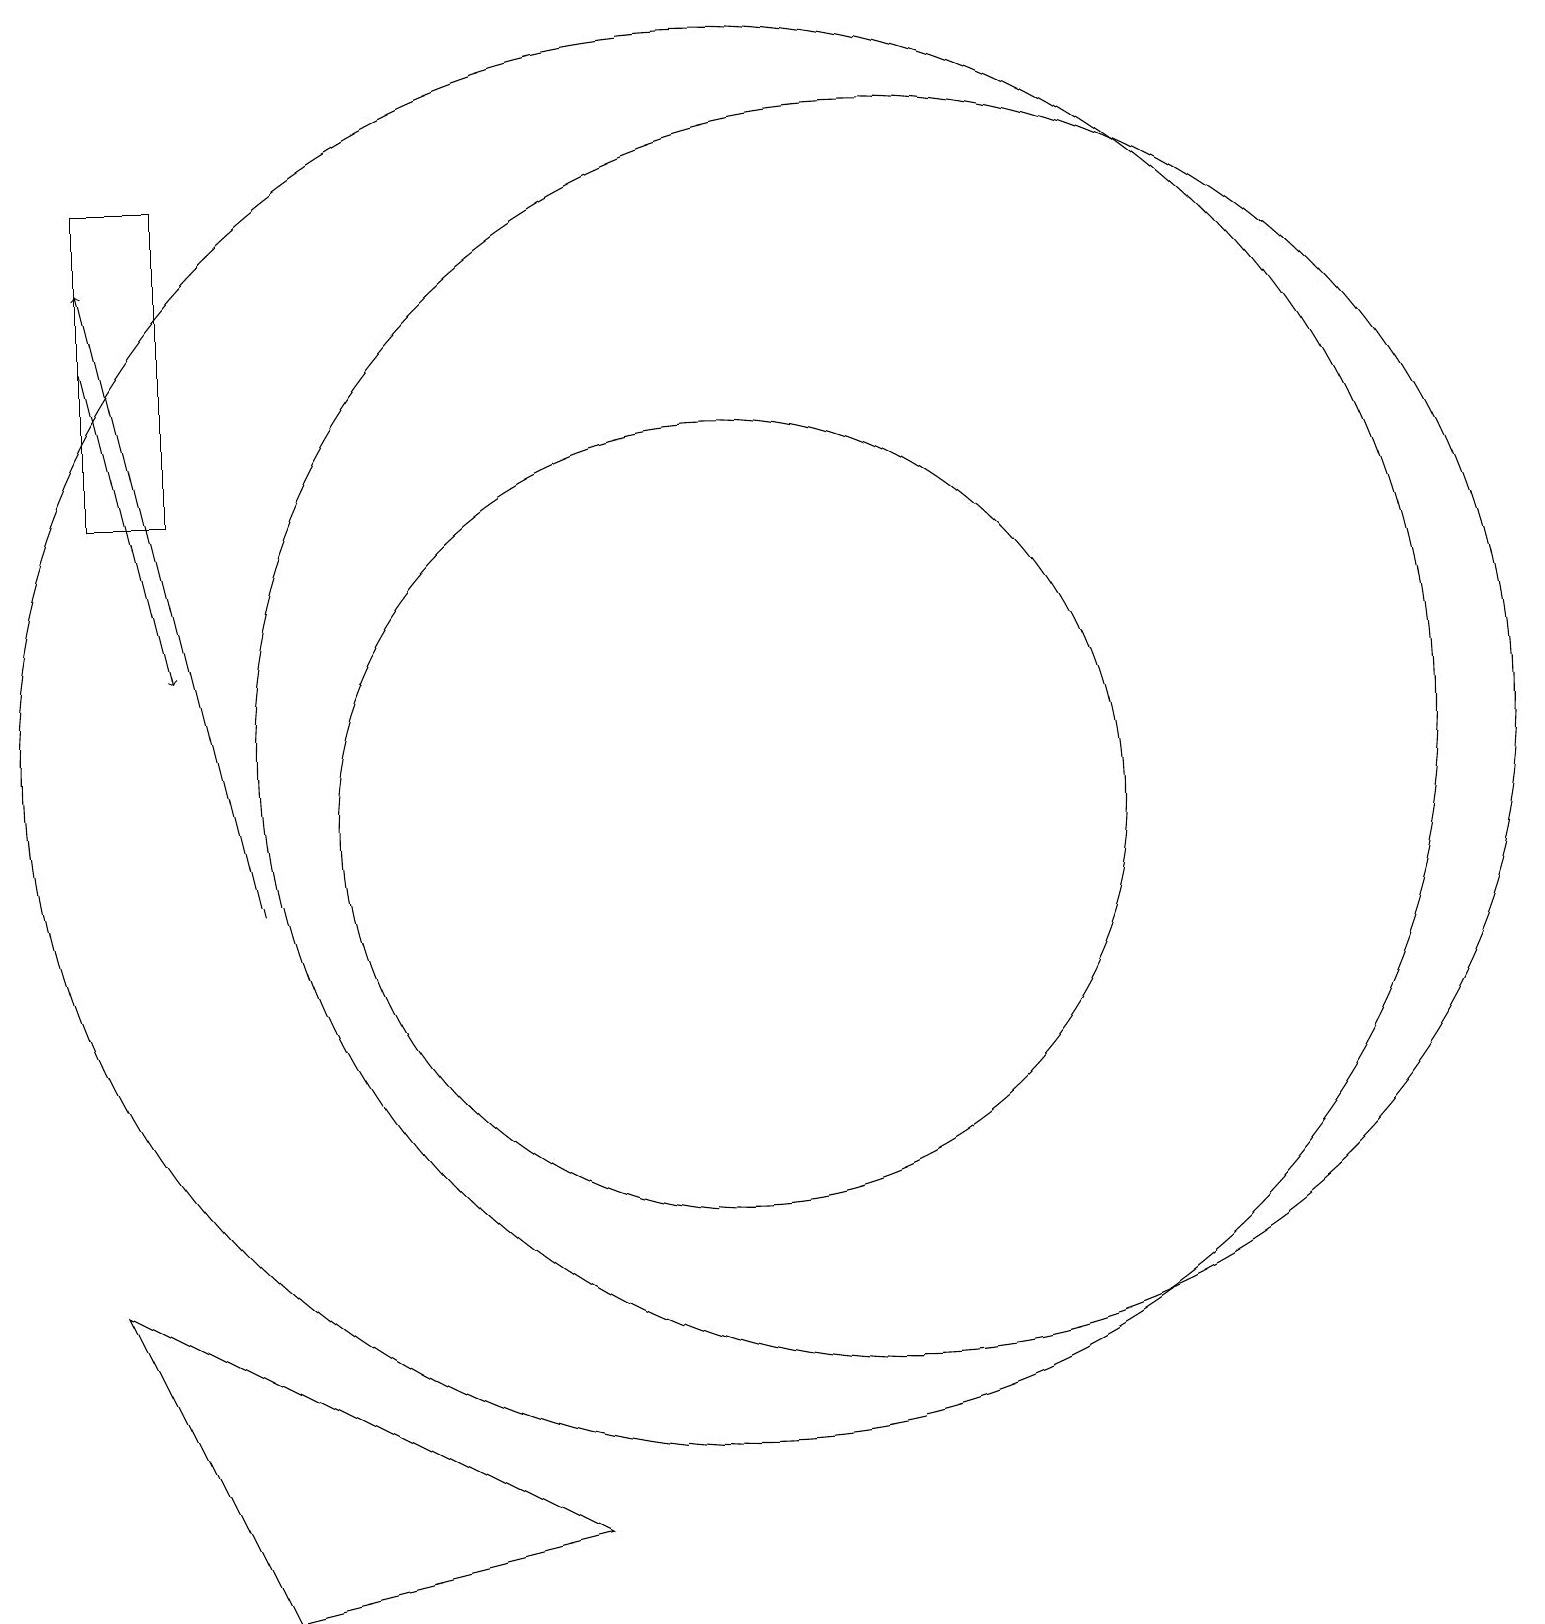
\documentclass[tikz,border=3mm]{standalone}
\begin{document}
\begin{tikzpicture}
\draw[->] (2,17) -- (3,13);
\draw (2,5) -- (4,1) -- (8,2) -- cycle;
\draw (2,15) rectangle (3,19);
\draw (10,12) circle (9);
\draw (12,12) circle (8);
\draw[->] (4,10) -- (2,18);
\draw (10,11) circle (5);
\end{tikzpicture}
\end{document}